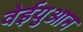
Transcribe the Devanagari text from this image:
वेईयुआन